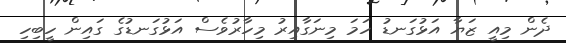
ދެން މިއީ ޒަޔާ އަޅުގަނޑު ހަމަ މިނަގާއިރު މިހާރުވެސް އަޅުގަނޑުގެ ގައިން ހީބިހި